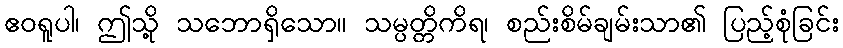
ဧဝရူပါ၊ ဤသို့ သဘောရှိသော။ သမ္ပတ္တိကိရ၊ စည်းစိမ်ချမ်းသာ၏ ပြည့်စုံခြင်း